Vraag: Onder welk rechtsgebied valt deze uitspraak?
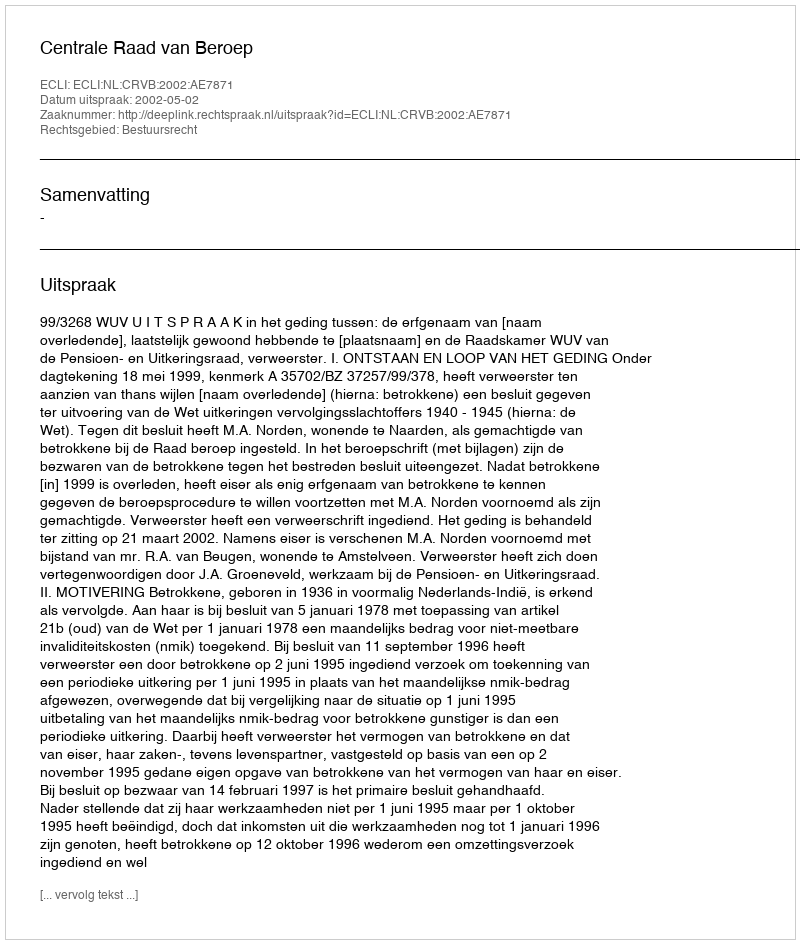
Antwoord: Bestuursrecht